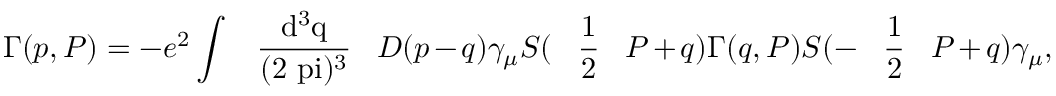
\Gamma ( p , P ) = - e ^ { 2 } \int \mathrm { ~ \, ~ \frac { d ^ { 3 } q } { ( 2 \ p i ) ^ { 3 } } ~ \, ~ } D ( p - q ) \gamma _ { \mu } S ( \mathrm { ~ \, ~ \frac { 1 } { 2 } ~ \, ~ } P + q ) \Gamma ( q , P ) S ( - \mathrm { ~ \, ~ \frac { 1 } { 2 } ~ \, ~ } P + q ) \gamma _ { \mu } ,